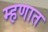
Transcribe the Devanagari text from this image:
म्हणात